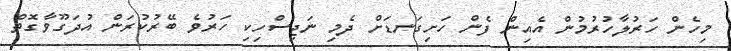
މިހެން ހަރުލާހުރުމުން އެއިން ފެން ހަށިގަނޑަށް ދެމި ނަޖިސްހިކި ހަރުވެ ބޭރުކުރަން އުދަގޫވާގޮތް